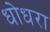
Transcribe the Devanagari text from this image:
धोधरा